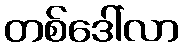
တစ်ဒေါ်လာ